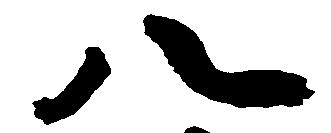
八